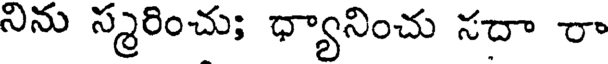
నిను స్మరించు; ధ్యానించు సదా రా